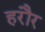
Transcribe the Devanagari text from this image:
हरौर